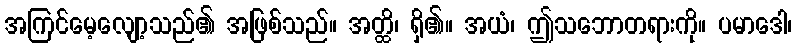
အကြင်မေ့လျော့သည်၏ အဖြစ်သည်။ အတ္ထိ၊ ရှိ၏။ အယံ၊ ဤသဘောတရားကို။ ပမာဒေါ၊